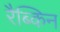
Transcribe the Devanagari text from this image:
रैब्किन